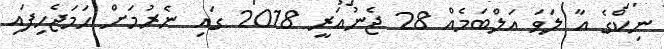
ނިކްގެ އާ ލަވަ އަލްބަމެއް 28 ޖެނުއަރީ 2018 ގައި ނެރުމަށް ހަމަޖެހިފައި